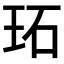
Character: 𤤟